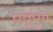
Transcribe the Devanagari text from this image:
चर्तुयुग